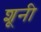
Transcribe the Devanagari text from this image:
शूनी